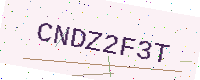
Text: CNDZ2F3T